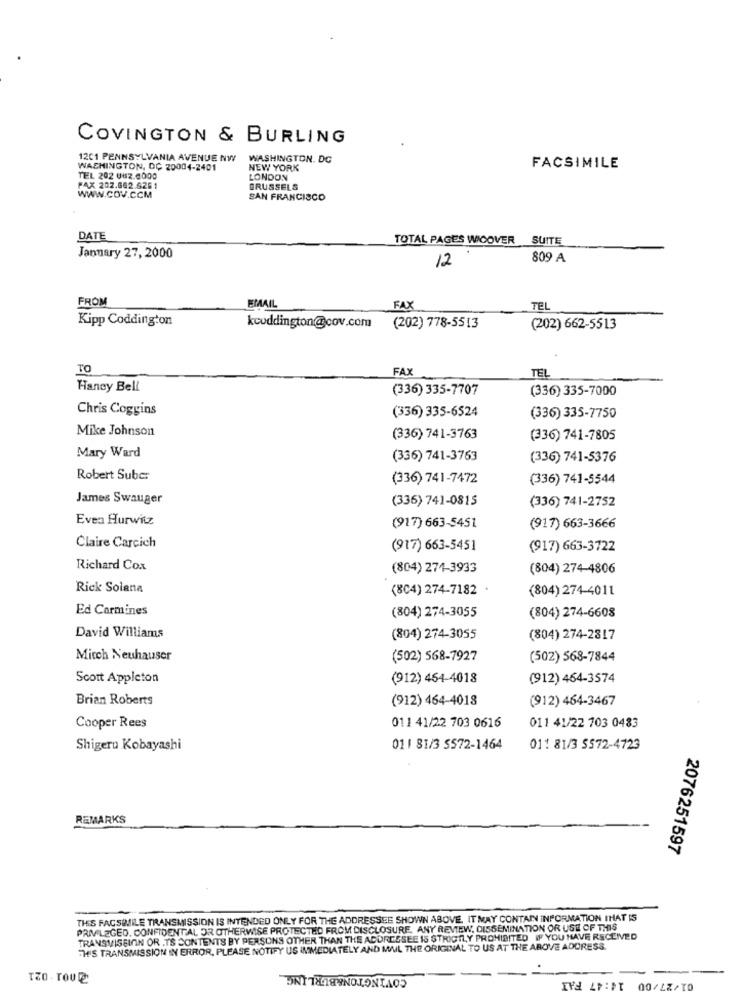
COVINGTON & BURLING
12C1 PENNSYLVANIA AVENUE NW
WASHINGTON. DG
WASHINGTON, DC 20004-2401
NEW YORK
FACSIMILE
TEL 202 062.0000
LONDON
FAX 202.662.6261
BRUSSELS
WWW.COV.CCM
SAN FRANCISCO
DATE
TOTAL PAGES WICOVER
SUITE
January 27, 2000
809 A
12
FROM
FAX
EMAIL
TEL
Kipp Coddington
kcoddington@cov.com
(202) 778-5513
(202) 662-5513
TO
FAX
TEL
Haney Bell
(336) 335-7707
(336) 335-7000
Chris Coggins
(336) 335-6524
(336) 335-7750
Mike Johnson
(336) 741-3763
(336) 741-7805
Mary Ward
(336) 741-3763
(336) 741-5376
Robert Suber
(336) 741-7472
(336) 741-5544
James Swauger
(336) 741-0815
(336) 741-2752
Even Hurwitz
(917) 663-5451
(917) 663-3666
Claire Carcich
(917) 663-5451
(917) 663-3722
Richard Cox
(804) 274-3933
(804) 274-4806
Rick Solana
(804) 274-7182
(804) 274-4011
Ed Carmines
(804) 274-3055
(804) 274-6608
David Williams
(804) 274-3055
(804) 274-2817
Mitch Neuhauser
(502) 568-7927
(502) 568-7844
Scott Appleton
(912) 454-4018
(912) 464-3574
Brian Roberts
(912) 464-4018
(912) 464-3467
Cooper Rees
011 41/22 703 0616
011 41/22 703 0483
Shigeru Kobayashi
01 1 81/3 5572-1464
01: 81/3 5572-4723
REMARKS
2076251597
THIS FACSIMILE TRANSMISSION IS INTENDED ONLY FOR THE ADDRESSEE SHOWN ABOVE. IT MAY CONTAIN INFORMATION THAT IS
PRIVILEGED, CONFIDENTIAL OR OTHERWISE PROTECTED FROM DISCLOSURE. ANY REVIEW, DISSEMINATION OR USE OF THIS
TRANSVISEINN OR .TS CONTENTS BY PERSONS OTHER THAN THE ADDRESSEE IS STRICTLY PROHIBITED IF YOU HAVE RECEIVED
THIS TRANSMISSION IN ERROR, PLEASE NOTIFY US IMMEDIATELY AND MAIL THE ORIGINAL TO US AT THE ABOVE ADDRESS.
COVINGTON&BURLING
TO . TOU @
01/27/00 14:47 FAI